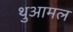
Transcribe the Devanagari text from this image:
थुआमल